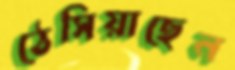
ঠেসিয়াছেন